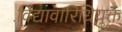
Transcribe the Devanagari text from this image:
विद्यावारिधियुक्त